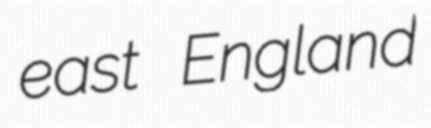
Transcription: east England